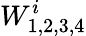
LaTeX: W_{1,2,3,4}^{i}